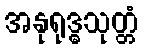
အနုရုဒ္ဓသုတ္တံ